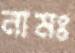
নামঃ